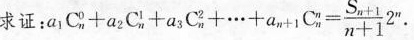
求证: $$a _{ 1 } C_ { n } ^ { 0 } + a _ { 2 } C _ { n } ^ { 1 } + a _ { 3 } C_ { n } ^{ 2 } + \cdots + a_{ n+1 } C_{ n } ^ { n } = \frac { S _{ n+1 } } { n+1 } 2 ^{ n }$$